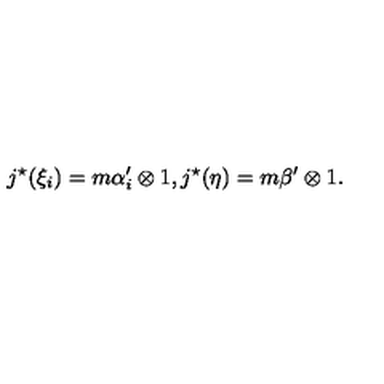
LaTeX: j ^ { \star } ( \xi _ { i } ) = m \alpha _ { i } ^ { \prime } \otimes 1 , j ^ { \star } ( \eta ) = m \beta ^ { \prime } \otimes 1 .